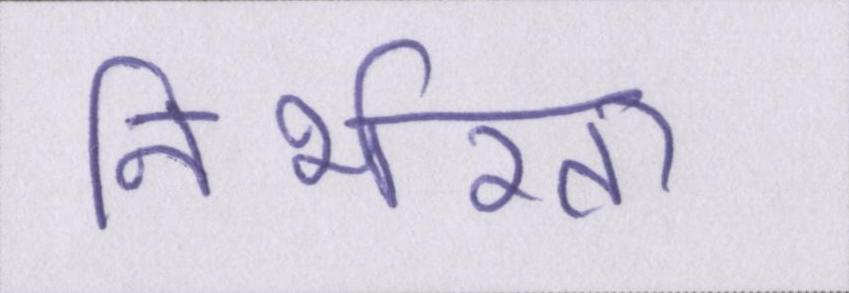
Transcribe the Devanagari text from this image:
निर्भरता